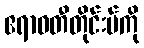
ဧရာဝတီတိုင်းမ်ကို